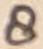
Text: 8